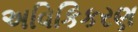
અવિકિકરણ